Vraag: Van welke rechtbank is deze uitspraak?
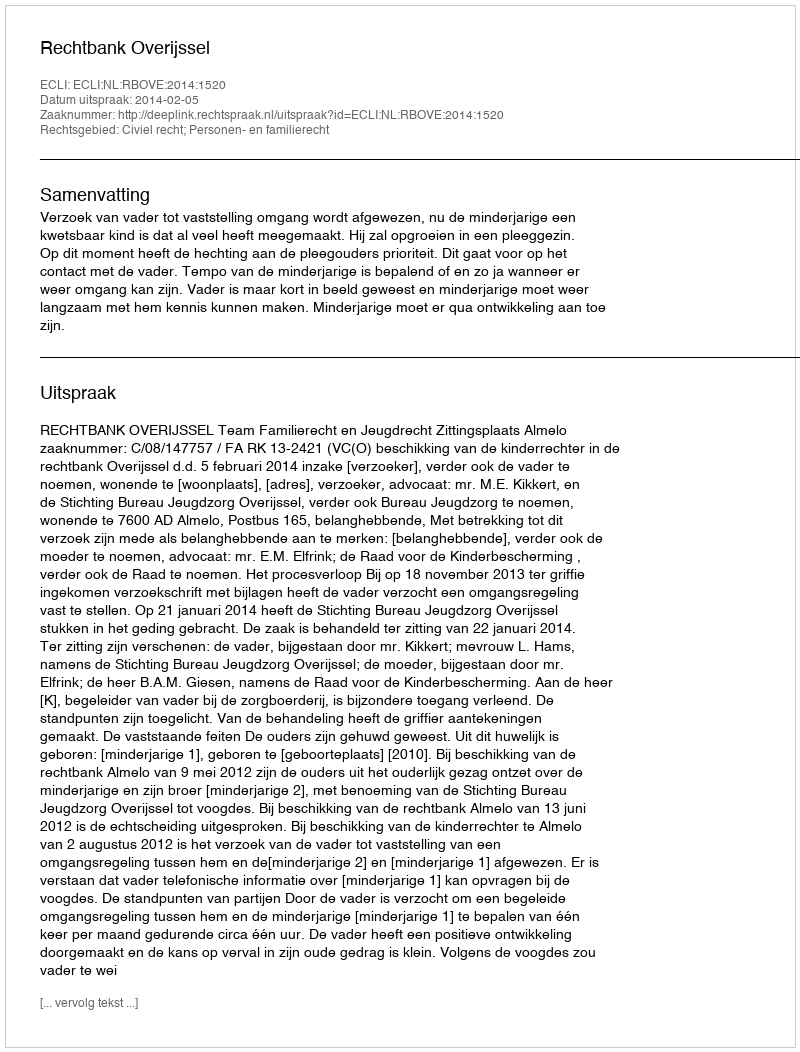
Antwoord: Rechtbank Overijssel